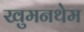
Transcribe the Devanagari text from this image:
खुमनथेम